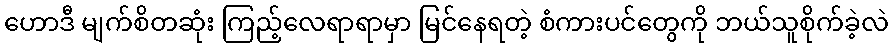
ဟောဒီ မျက်စိတဆုံး ကြည့်လေရာရာမှာ မြင်နေရတဲ့ စံကားပင်တွေကို ဘယ်သူစိုက်ခဲ့လဲ